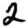
Digit: 2